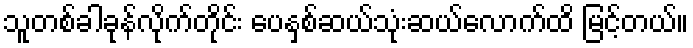
သူတစ်ခါခုန်လိုက်တိုင်း ပေနှစ်ဆယ်သုံးဆယ်လောက်ထိ မြင့်တယ်။